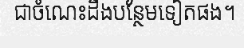
ជាចំណេះដឹងបន្ថែមទៀតផង។